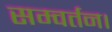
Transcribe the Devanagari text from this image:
सम्वर्तन।